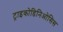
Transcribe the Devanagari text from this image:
ट्राइकोडिनिओसिस